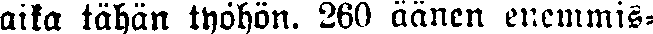
aika tähän työhön. 260 äänen enemmis-